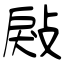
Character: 㪐